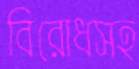
বিরোধসহ